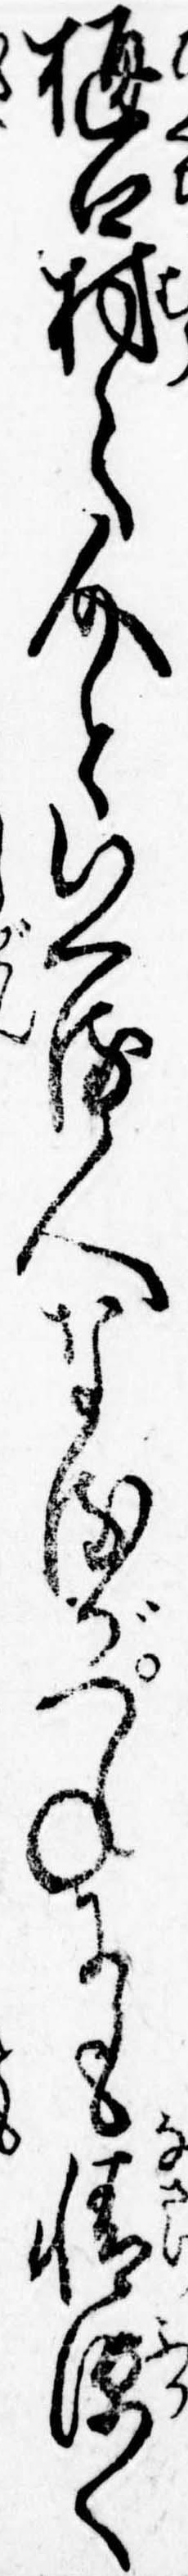
樋口村之介といへる人なるがつねにも情深く